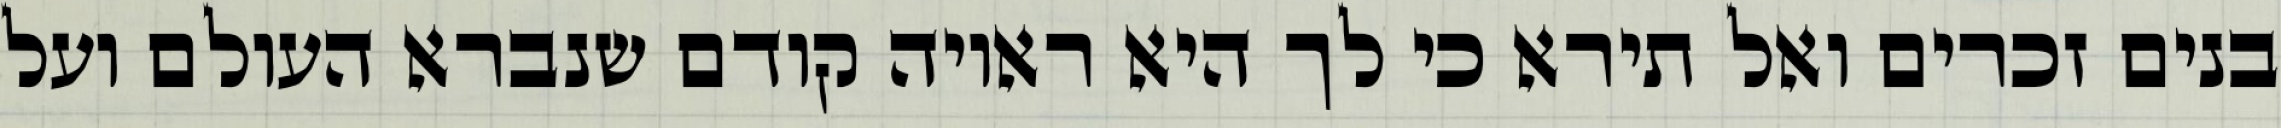
בנים זכרים ואל תירא כי לך היא ראויה קודם שנברא העולם ועל